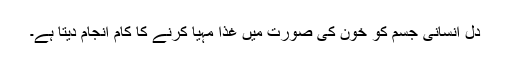
دل انسانی جسم کو خون کی صورت میں غذا مہیا کرنے کا کام انجام دیتا ہے۔